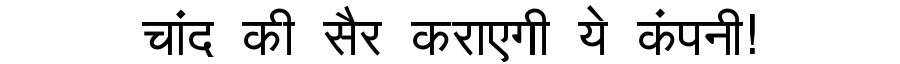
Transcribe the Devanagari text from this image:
चांद की सैर कराएगी ये कंपनी!